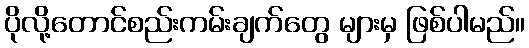
ပိုလို့တောင်စည်းကမ်းချက်တွေ များမှ ဖြစ်ပါမည်။